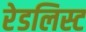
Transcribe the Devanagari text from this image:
रेडलिस्ट